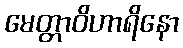
မေတ္တာဝိဟာရိနော